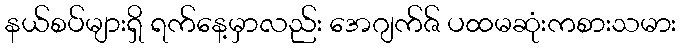
နယ်စပ်များရှိ ရက်နေ့မှာလည်း အေဂျက်ဇ် ပထမဆုံးကစားသမား